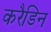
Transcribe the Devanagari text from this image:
करैडिन